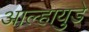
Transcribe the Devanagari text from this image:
आल्हायुडे